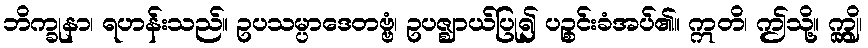
ဘိက္ခုနာ၊ ရဟန်းသည်။ ဥပသမ္ပာဒေတဗ္ဗံ၊ ဥပဇ္ဈာယ်ပြု၍ ပဉ္စင်းခံအပ်၏။ ဣတိ၊ ဤသို့။ ဣျွှိ၊